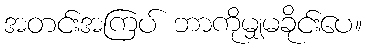
အတင်းအကြပ် ဘာကိုမျှမခိုင်းပေ။